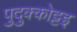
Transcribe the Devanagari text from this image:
पुदुक्कोट्टइ